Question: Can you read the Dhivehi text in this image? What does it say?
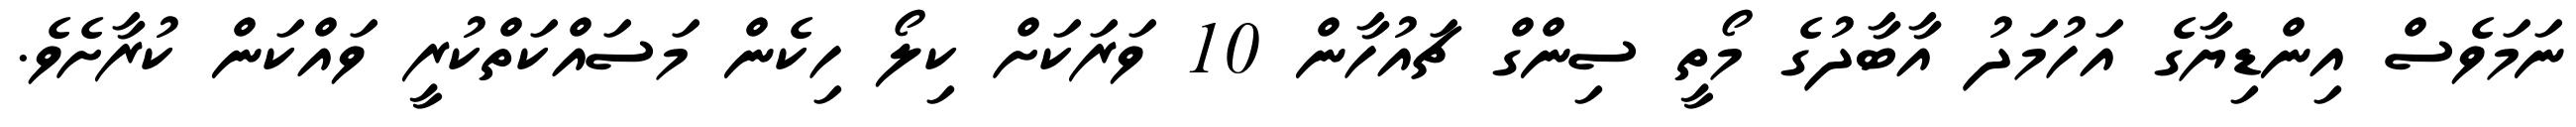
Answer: ނަމަވެސް އިންޑިޔާގެ އަހުމަދު އާބާދުގެ މޯތީ ސިންގް ޗައުހާން 10 ވަރަކަށް ކިލޯ ހިކެން މަސައްކަތްކުރީ ވައްކަން ކުރާށެވެ.